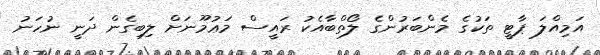
އަމިއްލަ ޕާޓީ ތަކުގެ މެންބަރުންގެ ލޯތްބާއެކު ރައީސް މަޢުމޫނަށް ލިބިގެން ދަނީ ނުހަނު